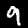
Digit: 9